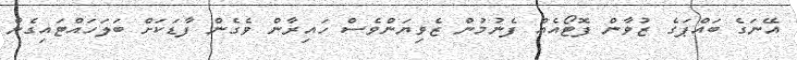
އޭނަގެ ބައްޕަގެ ޒުވާން ފޮޓޯއެއް ފެނުމުން ޒެވިޔަންވެސް ހައިރާން ވެގެން ފާޑަކަށް ބަލަހައްޓައިގެން